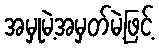
အမှုမဲ့အမှတ်မဲ့ဖြင့်